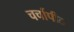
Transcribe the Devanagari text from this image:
चर्चापीठ